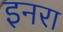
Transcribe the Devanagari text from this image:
इनरा